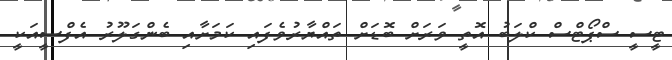
ޓީސީ ސްޕޯޓްސް ކްލަބު އޮތީ ވަރަށް ބޮޑަށް ތައްޔާރުވެފައި ކަމަށާއި ބެންގަލޫރު އެފްސީއަކީ